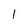
Character: I